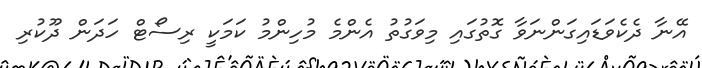
އޭނާ ދެކެވަޑައިގަންނަވާ ގޮތުގައި މިވަގުތު އެންމެ މުހިންމު ކަމަކީ ރިސޯޓް ހަދަން ދޫކުރި